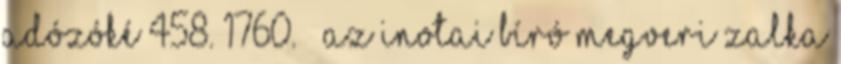
adózóké 458. 1760. – Az inotai bíró megveri Zalka